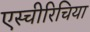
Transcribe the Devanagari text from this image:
एस्चीरिचिया